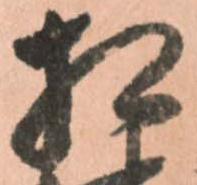
相